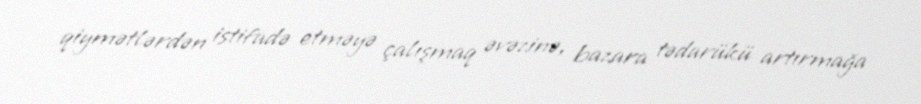
qiymətlərdən istifadə etməyə çalışmaq əvəzinə, bazara tədarükü artırmağa